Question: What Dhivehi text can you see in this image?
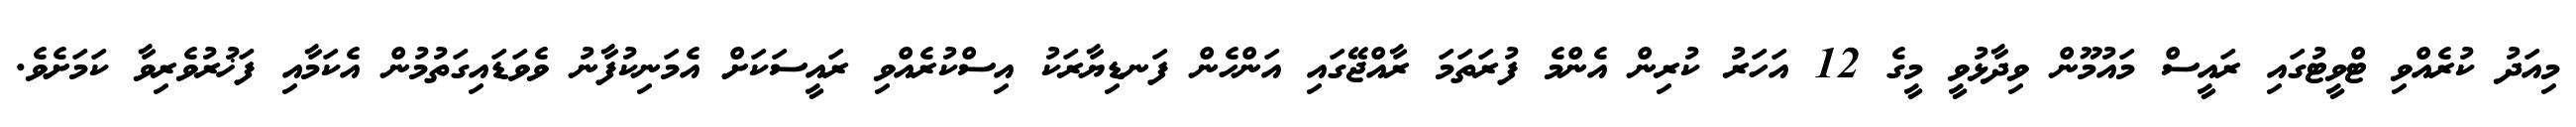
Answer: މިއަދު ކުރެއްވި ޓްވީޓުގައި ރައީސް މައުމޫން ވިދާޅުވީ މީގެ 12 އަހަރު ކުރިން އެންމެ ފުރަތަމަ ރާއްޖޭގައި އަންހެން ފަނޑިޔާރަކު އިސްކުރެއްވި ރައީސަކަށް އެމަނިކުފާނު ވެވަޑައިގަތުމުން އެކަމާއި ފަޚުރުވެރިވާ ކަމަށެވެ.